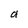
Character: a